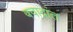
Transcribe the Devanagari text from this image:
क्वाद्रांत